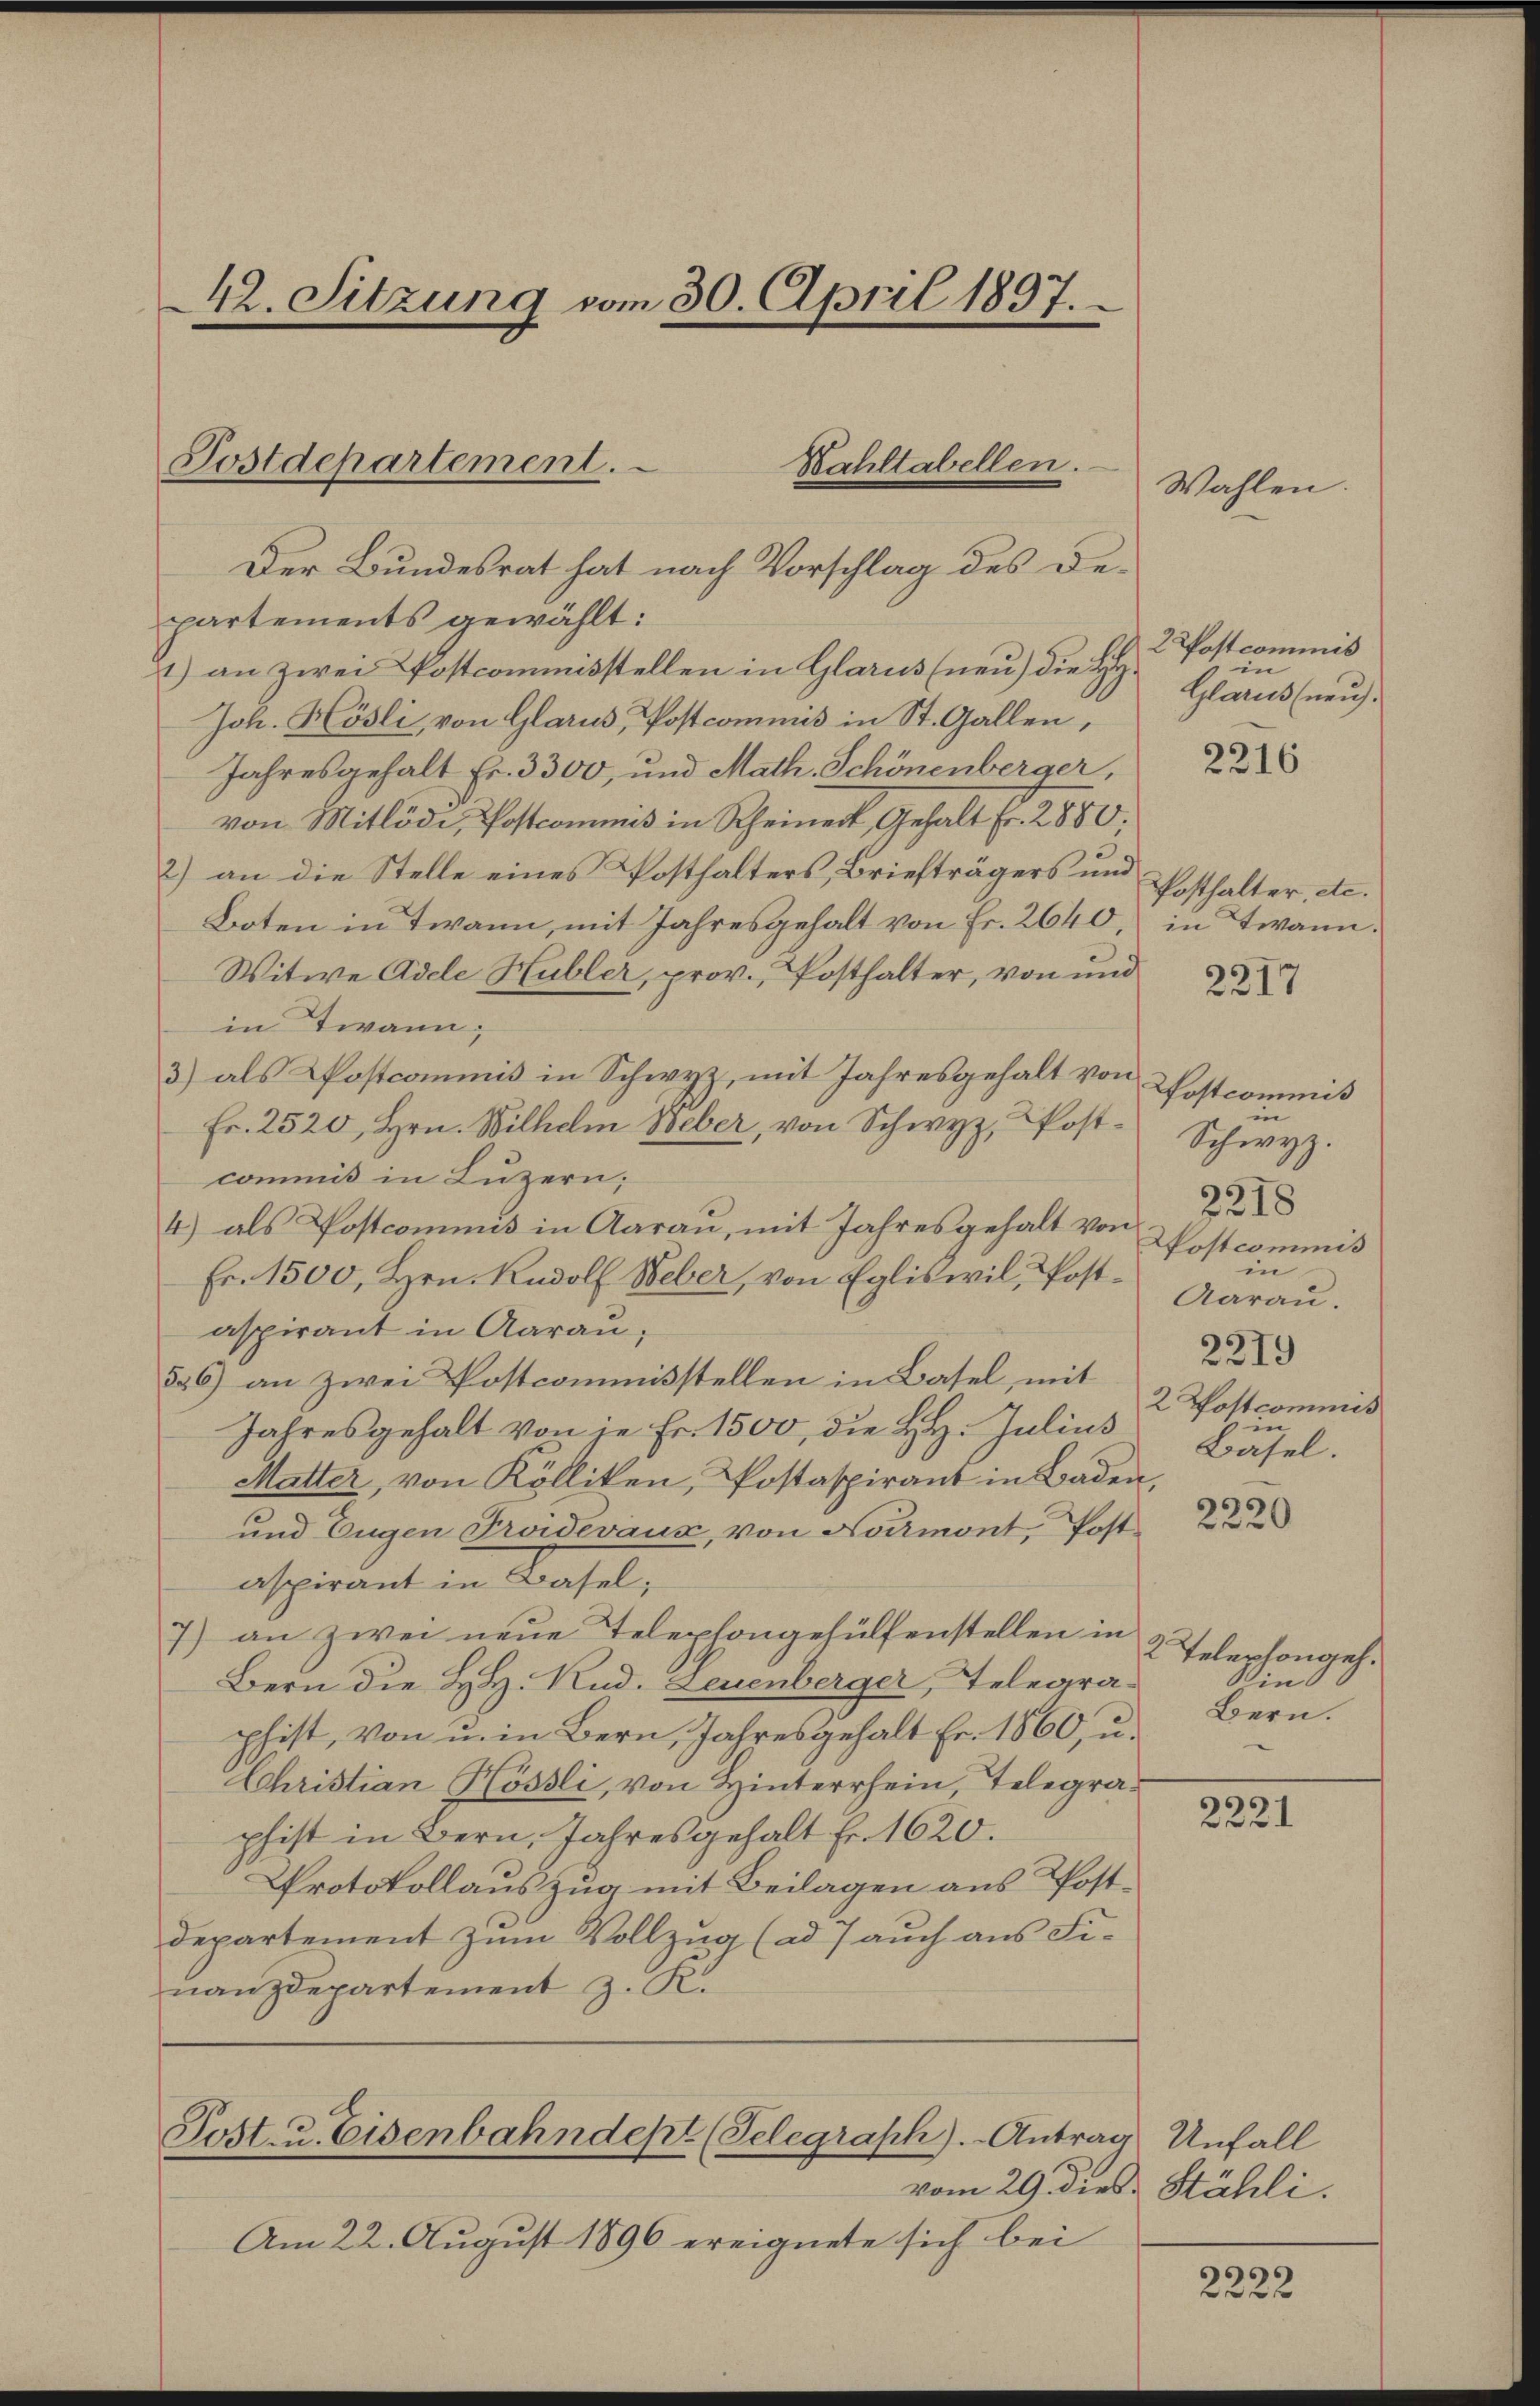
42. Sitzung vom 30. April 1897.

Postdepartement.
Bahltabellen.

Der Bundesrat hat nach Vorschlag des Departements gewählt:
1) an zwei Postcommisstellen in Glarus (neu) die H
Joh. Hösli, von Glarus, Postcommis in St. Gallen,
Jahresgehalt Fr. 3300, und Math. Schönenberger,
von Mitlöde, Postcommis in Rheineck, Gehalt Fr. 2880.
2) an die Stelle eines Posthalters, Briefträgers und Posthalter, etc.
Boten in Twann, mit Jahresgehalt von Fr. 2640, in Twann.
Witwe Adele Hubler, prov., Posthalter, von und
in Twann,
3) als Postcommis in Schwyz, mit Jahresgehalt von
Fr. 2520, Hrn. Wilhelm Weber, von Schwyz, Postcommis in Luzern;
4) als Postcommis in Aarau, mit Jahresgehalt von
Fr. 1500, Hrn. Rudolf Weber, von Egliswil, Postaspirant in Aarau,
356) an zwei Postcommisstellen in Basel, mit
Jahresgehalt von je Fr. 1500, die HH. Julius
Matter, von Kölliken, Postaspirant in Baden,
u
und Eugen Proievaux von Normont, Postaspirant in Basel;
7) an zwei neue Telephongehülfenstellen in
Bern die H. H. Rud. Leuenberger, Telegraphist, von u. in Bern, Jahresgehalt Fr. 1860, u.
Christian Hössli, von Hinterrhein, Telegraphist in Bern, Jahresgehalt Fr. 1620.
Protokollauszug mit Beilagen aus Post¬
Departement zum Vollzug (ad 7 auch aus Finanzdepartement z. R.

Post- u. Eisenbahndept (Telegraph). Antrag Unfall

Am 22. August 1896 ereignete sich bei

Wahlen.

2 Postcommis
in
Glarus (neuch¬

2216

2217

Postcommis
in
Schwyz.
2218
Nostcommis
in
Aarau.
2319
2 Wostcommis
.
Bäsel.

2220

Telephongeh.
in
Bern.

3
2221

vom 29. dies Stähli

2222